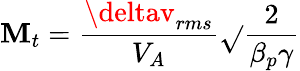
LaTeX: \mathbf{M}_{t}=\frac{{\deltav_{rms}}}{{V_{A}}}\sqrt{}{{\frac{{2}}{{\beta_{p}\gamma}}}}